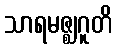
သာရမဇ္ဈဂူတိ